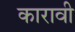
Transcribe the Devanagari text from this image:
कारावी